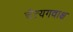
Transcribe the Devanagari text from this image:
चैत्यगवाक्ष